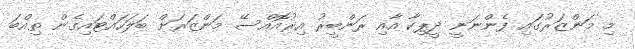
މި މަންޒަރުގައި ފެންނަނީ ދީޕިކާ އާއި ރަންބީރު އިރުއޮއްސޭ މަންޒަރަށް ބަލަހައްޓައިގެން ތިއްބަ